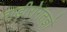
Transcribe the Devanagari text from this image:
नाड़ीरोगतज्ञों